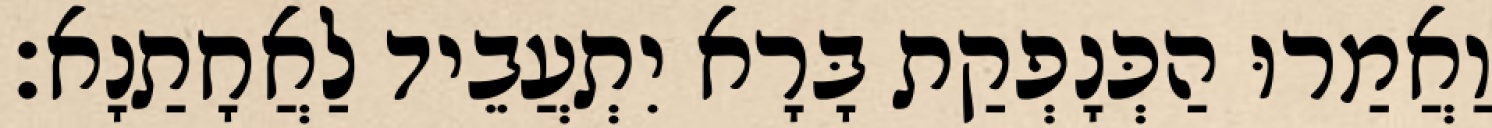
וַאֲמַרוּ הַכְּנָפְקַת בָּרָא יִתְעֲבֵיד לַאֲחָתַנָא׃